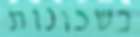
בשכונות